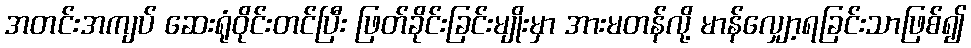
အတင်းအကျပ် ဆေးရုံဝိုင်းတင်ပြီး ဖြတ်ခိုင်းခြင်းမျိုးမှာ အားမတန်လို့ မာန်လျှော့ရခြင်းသာဖြစ်၍